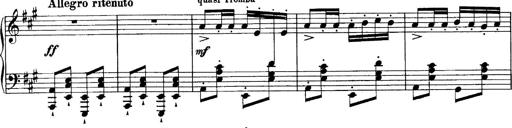
Title: Sonatina No.6
Composer: Ferruccio Busoni